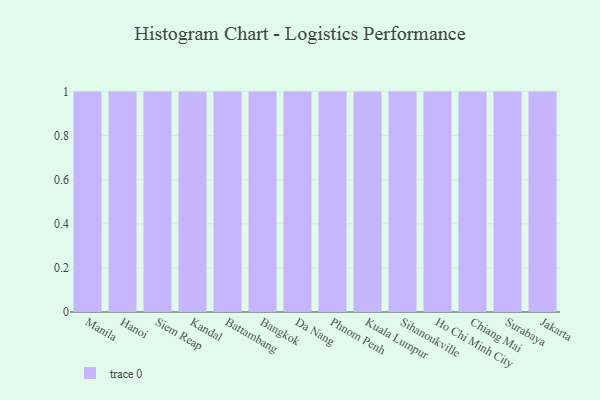
{"axis": {"x": "City", "y": "Active Users"}, "legend": [""], "data": [{"x": "Manila", "y": 79, "type": ""}, {"x": "Hanoi", "y": 14, "type": ""}, {"x": "Siem Reap", "y": 56, "type": ""}, {"x": "Kandal", "y": 87, "type": ""}, {"x": "Battambang", "y": 51, "type": ""}, {"x": "Bangkok", "y": 74, "type": ""}, {"x": "Da Nang", "y": 1, "type": ""}, {"x": "Phnom Penh", "y": 83, "type": ""}, {"x": "Kuala Lumpur", "y": 31, "type": ""}, {"x": "Sihanoukville", "y": 36, "type": ""}, {"x": "Ho Chi Minh City", "y": 22, "type": ""}, {"x": "Chiang Mai", "y": 35, "type": ""}, {"x": "Surabaya", "y": 90, "type": ""}, {"x": "Jakarta", "y": 45, "type": ""}]}